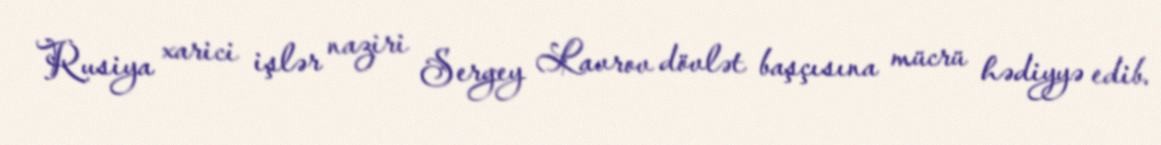
Rusiya xarici işlər naziri Sergey Lavrov dövlət başçısına mücrü hədiyyə edib.